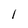
Character: 1